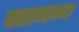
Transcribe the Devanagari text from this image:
परागम्य